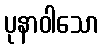
ပုနာဝါသော